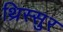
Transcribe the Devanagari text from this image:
थ्रिस्सुर